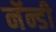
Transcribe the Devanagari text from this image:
नॅन्डी